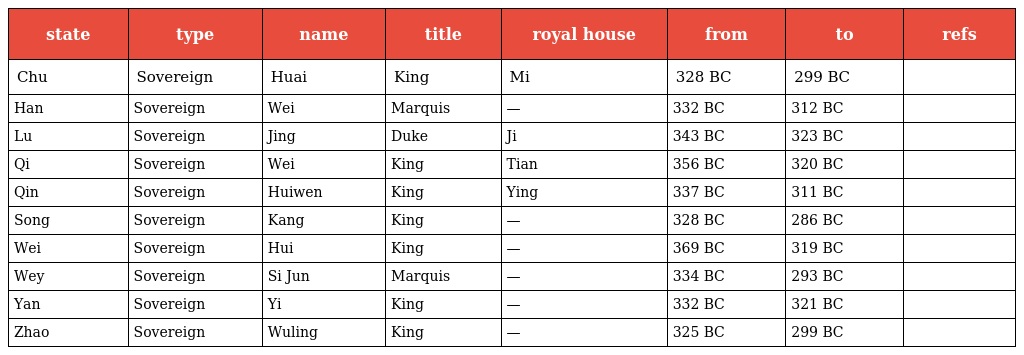
| state | type | name | title | royal house | from | to | refs |
 | --- | --- | --- | --- | --- | --- | --- | --- |
 | Chu | Sovereign | Huai | King | Mi | 328 BC | 299 BC |  |
 | Han | Sovereign | Wei | Marquis | — | 332 BC | 312 BC |  |
 | Lu | Sovereign | Jing | Duke | Ji | 343 BC | 323 BC |  |
 | Qi | Sovereign | Wei | King | Tian | 356 BC | 320 BC |  |
 | Qin | Sovereign | Huiwen | King | Ying | 337 BC | 311 BC |  |
 | Song | Sovereign | Kang | King | — | 328 BC | 286 BC |  |
 | Wei | Sovereign | Hui | King | — | 369 BC | 319 BC |  |
 | Wey | Sovereign | Si Jun | Marquis | — | 334 BC | 293 BC |  |
 | Yan | Sovereign | Yi | King | — | 332 BC | 321 BC |  |
 | Zhao | Sovereign | Wuling | King | — | 325 BC | 299 BC |  |